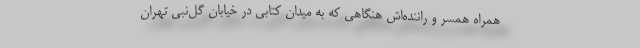
همراه همسر و راننده‌اش هنگاهی که به میدان کتابی در خیابان گل‌نبی تهران